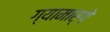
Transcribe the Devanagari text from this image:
ग्यामार्गे